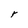
Character: r